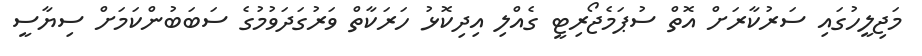
މަޖިލީހުގައި ސަރުކާރަށް އޮތް ސުޕަމެޖޯރިޓީ ގެއްލި އިދިކޮޅު ހަރަކާތް ވަރުގަދަވުމުގެ ސަބަބުންކަމަށް ސިޔާސީ